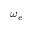
\omega _ { e }